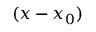
( x - x _ { 0 } )